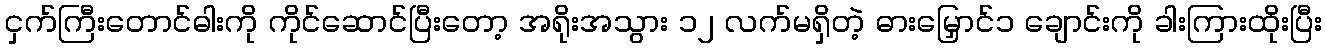
ငှက်ကြီးတောင်ဓါးကို ကိုင်ဆောင်ပြီးတော့ အရိုးအသွား ၁၂ လက်မရှိတဲ့ ဓားမြှောင်၁ ချောင်းကို ခါးကြားထိုးပြီး